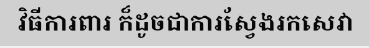
វិធីការពារ ក៏ដូចជាការស្វែងរកសេវា